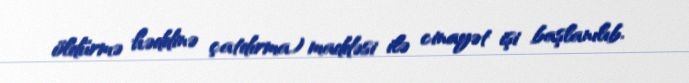
öldürmə həddinə çatdırma) maddəsi ilə cinayət işi başlanılıb.